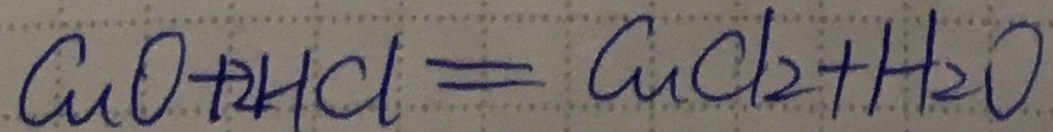
C u O + _ { 2 } H C l = C u C l _ { 2 } + H _ { 2 } O